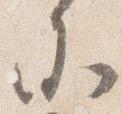
参